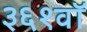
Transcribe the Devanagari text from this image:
३६१वॉ